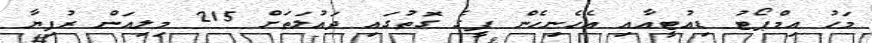
މަހު އިމްޕޯޓު ޑިއުޓީއާއި އެހެނިހެން ފީގެ ގޮތުގައި ދައުލަތަށް 215 މިލިއަން ރުފިޔާ